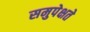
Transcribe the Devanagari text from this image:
समुपेक्षते